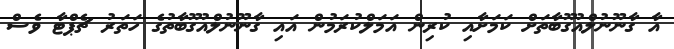
އާ ގާނޫނުލްއުގޫބާތަށް ކަމަށާއި ކުރިން އަމަލްކުރަމުން އައި ގާނޫނުލްއުގޫބާތުގެ ހަތަރު ޗެޕްޓާ ވެސް